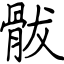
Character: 䯋